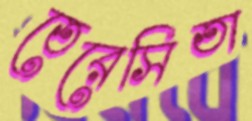
তেরেসিতা